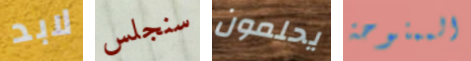
لابد سنجلس يحلمون الممنوحة